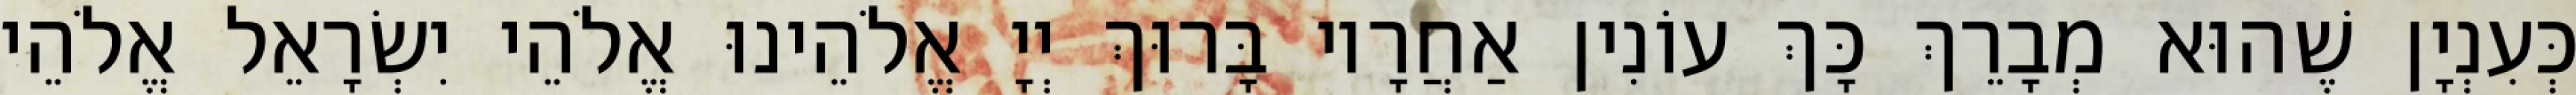
כְּעִנְיָן שֶׁהוּא מְבָרֵךְ כָּךְ עוֹנִין אַחֲרָיו בָּרוּךְ יְיָ אֱלֹהֵינוּ אֱלֹהֵי יִשְׂרָאֵל אֱלֹהֵי